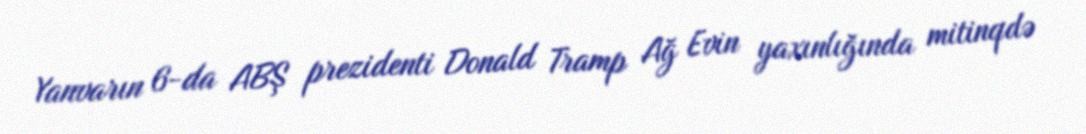
Yanvarın 6-da ABŞ prezidenti Donald Tramp Ağ Evin yaxınlığında mitinqdə